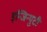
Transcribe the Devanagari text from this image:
इन्जिन्युटी